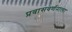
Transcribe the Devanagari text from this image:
प्रवासवर्णनाला